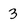
Character: 3